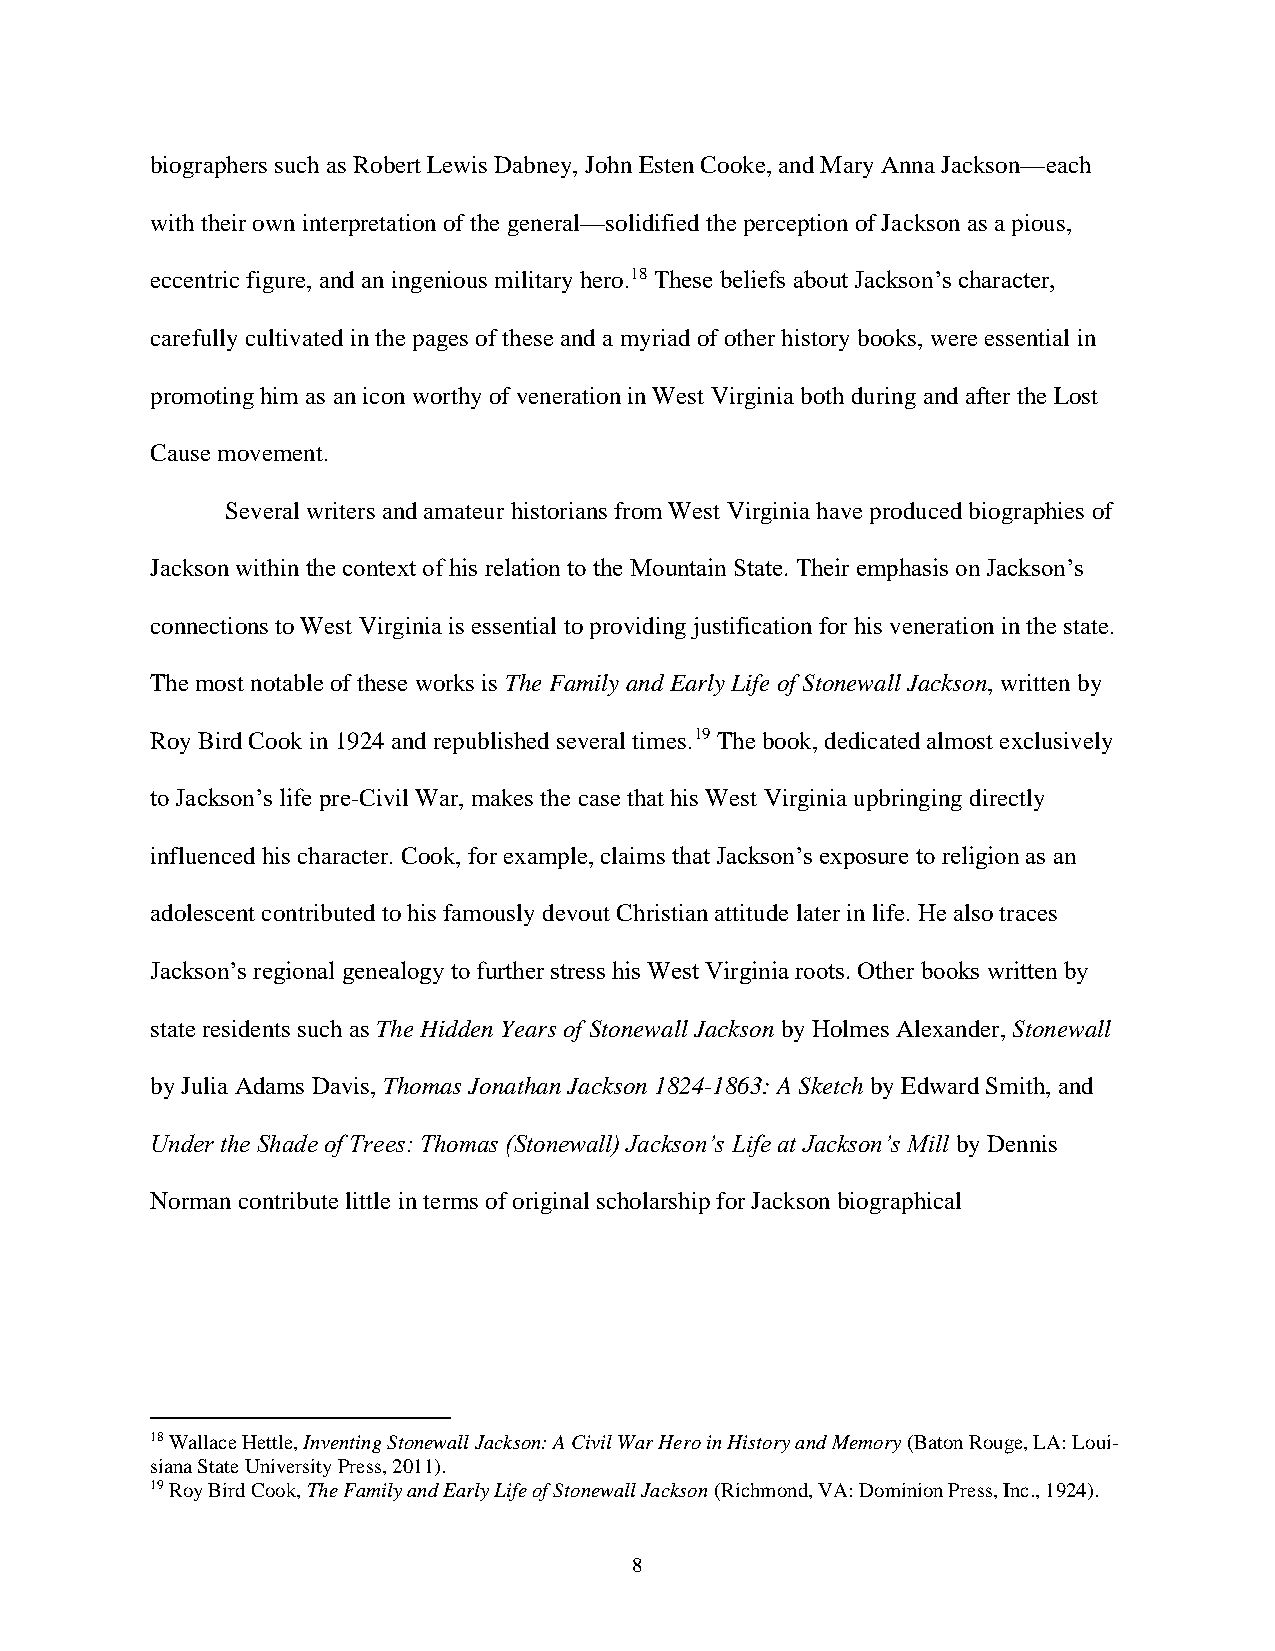
biographers such as Robert Lewis Dabney, John Esten Cooke, and Mary Anna Jackson—each
 with their own interpretation of the general—solidified the perception of Jackson as a pious,
 eccentric figure, and an ingenious military hero.18 These beliefs about Jackson’s character,
 carefully cultivated in the pages of these and a myriad of other history books, were essential in
 promoting him as an icon worthy of veneration in West Virginia both during and after the Lost
 Cause movement.
 Several writers and amateur historians from West Virginia have produced biographies of
 Jackson within the context of his relation to the Mountain State. Their emphasis on Jackson’s
 connections to West Virginia is essential to providing justification for his veneration in the state.
 The most notable of these works is The Family and Early Life of Stonewall Jackson, written by
 Roy Bird Cook in 1924 and republished several times.19 The book, dedicated almost exclusively
 to Jackson’s life pre-Civil War, makes the case that his West Virginia upbringing directly
 influenced his character. Cook, for example, claims that Jackson’s exposure to religion as an
 adolescent contributed to his famously devout Christian attitude later in life. He also traces
 Jackson’s regional genealogy to further stress his West Virginia roots. Other books written by
 state residents such as The Hidden Years of Stonewall Jackson by Holmes Alexander, Stonewall
 by Julia Adams Davis, Thomas Jonathan Jackson 1824-1863: A Sketch by Edward Smith, and
 Under the Shade of Trees: Thomas (Stonewall) Jackson’s Life at Jackson’s Mill by Dennis
 Norman contribute little in terms of original scholarship for Jackson biographical
 18 Wallace Hettle, Inventing Stonewall Jackson: A Civil War Hero in History and Memory (Baton Rouge, LA: Loui-
 siana State University Press, 2011).
 19 Roy Bird Cook, The Family and Early Life of Stonewall Jackson (Richmond, VA: Dominion Press, Inc., 1924).
 8